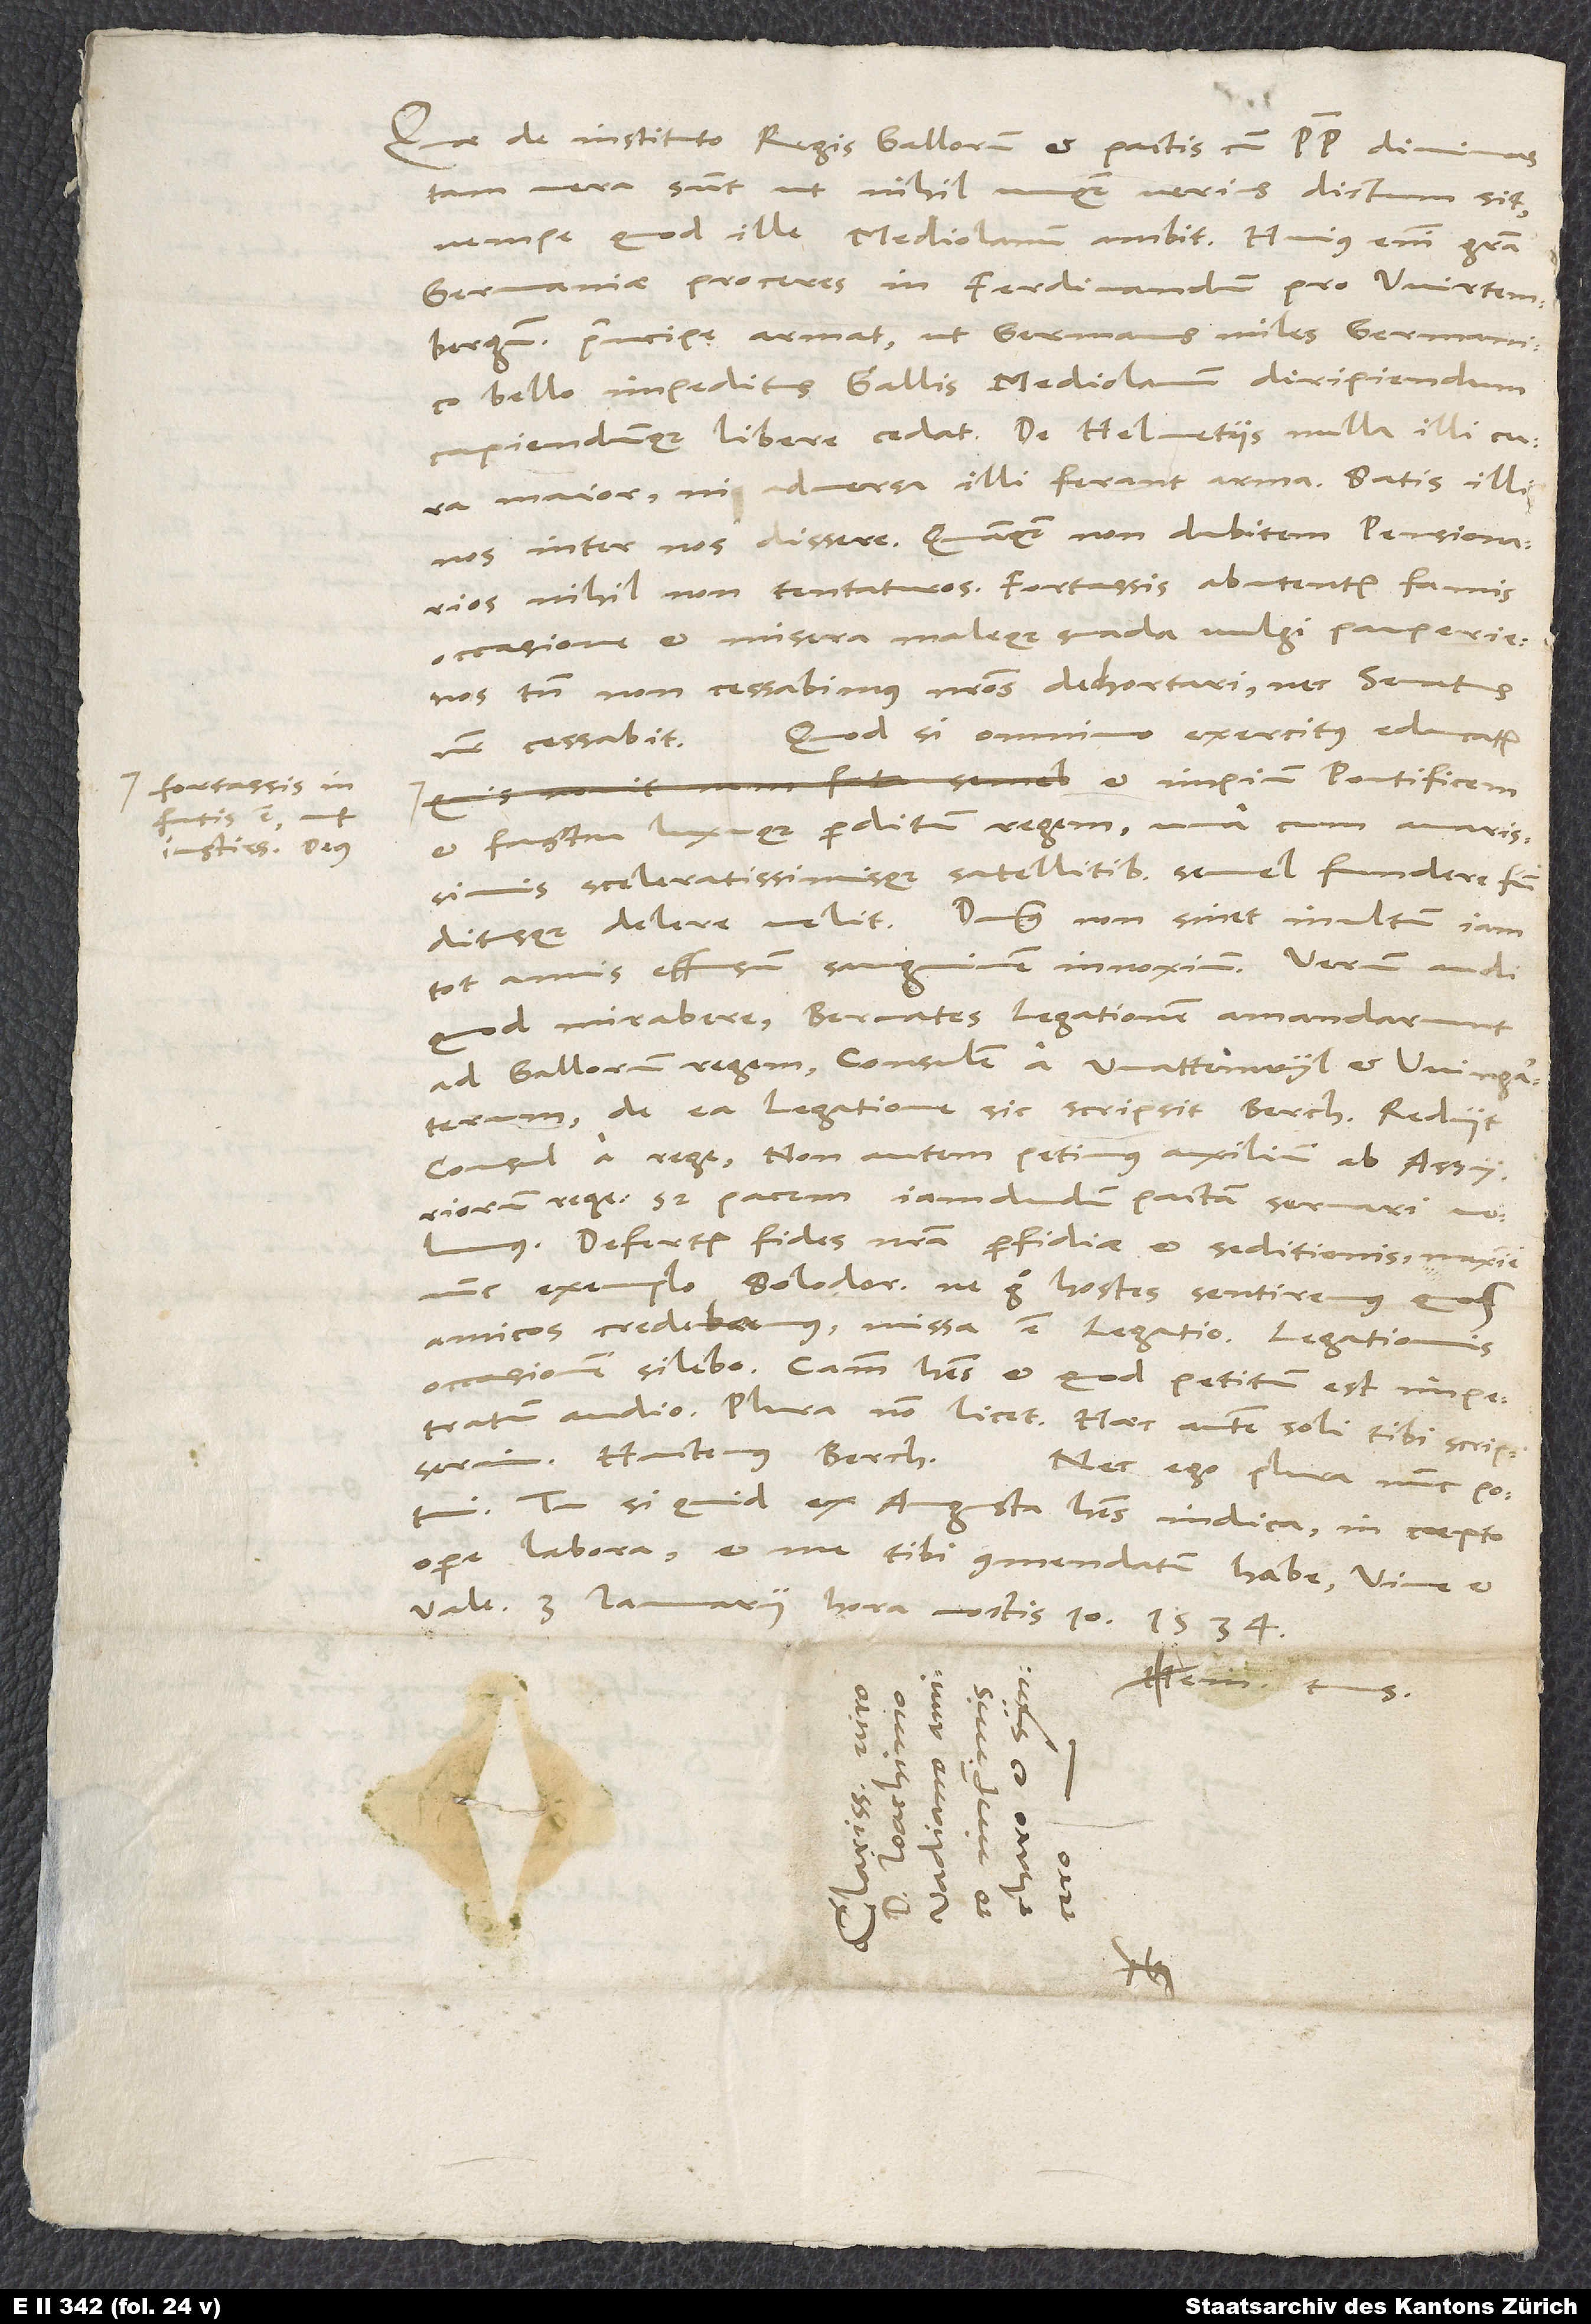
fortassis in
fatis est,
iustissimus deus

Quae de instituto regis Gallorum et pactis cum papa divinas,
tam vera sunt, ut nihil unquam verius dictum sit,
nempe quod ille Mediolanum ambit. Huius enim gratia
Germaniae proceres in Ferdinandum pro Wirtembergensi
principe armat, ut Germanus miles Germanico
bello impeditus Gallis Mediolanum diripiendum
capiendumque libere cedat. De Helvetiis nulla illi cura
maior, ni adversa illi ferant arma. Satis illi
nos inter nos dissere. Quamquam non dubitem, pensionarios
nihil non tentaturos. Fortassis abutentur famis
occasione et misera maleque suada vulgi pauperie.
Nos tamen non cessabimus nostros dechortari, nec senatus
Quodsi omnino exercitus educatur,
noster cessabit.
et impium pontificem
et fastu luxuque perditum regem una cum avarissimis
sceleratissimisque satellitibus semel fundere
funditusque delere velit. Dominus non sinet inultum iam
quod mirabere: Bernates legationem amandarunt
ad Gallorum regem, consulem a Wattenwyl et Wingarterum.
De ea legatione sic scripsit Berchtoldus: «Rediit
consul a rege. Non autem petimus auxilium ab Assyriorum
rege, sed pacem iam dudum pactam servari volumus.
Defertur fides nostra perfidiae et seditionis, maxime
nunc exemplo Solodorensium. Ne ergo hostes sentiremus, quos
amicos credebamus, missa est legatio. Legationis
occasionem silebo. Caussam habes, et quod petitum est, impetratum
audio. Plura non licet. Haec autem soli tibi scripserim.»
Nec ego plura nunc potui.
Tu si quid ex Augusta habes, indica. In coepto
opere labora et me tibi commendatum habe.